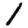
Digit: 1